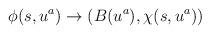
LaTeX: \begin{align*}\phi(s, u^a) \rightarrow \left( B(u^a), \chi(s, u^a) \right)\end{align*}